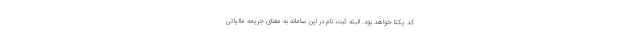
کد یکتا خواهد بود. البته ثبت نام در این سامانه به معنای جریمه مالیاتی